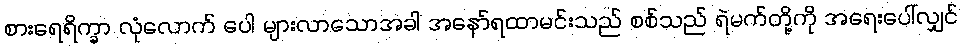
စားရေရိက္ခာ လုံလောက် ပေါ များလာသောအခါ အနော်ရထာမင်းသည် စစ်သည် ရဲမက်တို့ကို အရေးပေါ်လျှင်